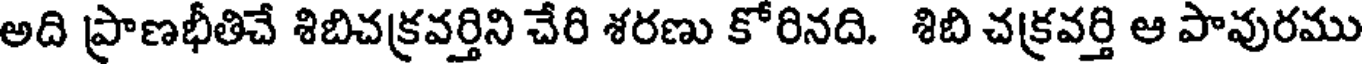
అది ప్రాణభీతిచే శిబిచక్రవర్తిని చేరి శరణు కోరినది. శిబి చక్రవర్తి ఆ పావురము